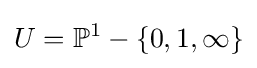
U=\mathbb {P} ^{1}-\{0,1,\infty \}